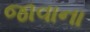
જાવાના